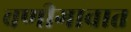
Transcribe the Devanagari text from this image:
वणीगावात